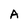
Character: A